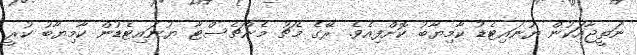
ނަތީޖާއަކުން ޔުނައިޓެޑު ކާމިޔާބު ކޮށްފިއެވެ. ރޭގެ މެޗު މެންޗެސްޓާ ޔުނައިޓެޑުން ކާމިޔާބު ކުރީ